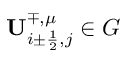
{ \mathbf { U } } _ { i \pm \frac { 1 } { 2 } , j } ^ { \mp , \mu } \in G